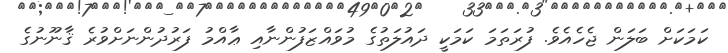
ކަމަކަށް ބަލަން ޖެހެއެވެ. ފުރަތަމަ ކަމަކީ ދައުލަތުގެ މުވައްޒަފުންނާއި ޢާއްމު ފަރުދުންނަށްވުރެ ޤާނޫނުގެ